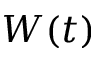
W ( t )